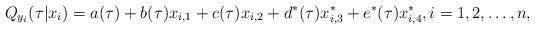
LaTeX: \begin{align*}Q_{y_i}(\tau|x_i)=a(\tau)+b(\tau)x_{i,1}+c(\tau)x_{i,2}+d^*(\tau )x^*_{i,3}+e^*(\tau)x^*_{i,4},i=1,2,\ldots,n,\end{align*}